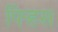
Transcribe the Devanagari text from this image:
पिर्‍हस